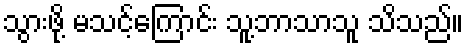
သွားဖို့ မသင့်ကြောင်း သူ့ဘာသာသူ သိသည်။